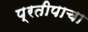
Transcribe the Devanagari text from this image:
प्रतीपाचा